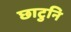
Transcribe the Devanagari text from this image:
छाटुनि